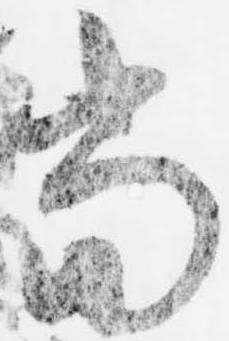
当